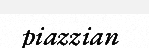
piazzian